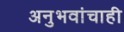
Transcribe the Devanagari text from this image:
अनुभवांचाही